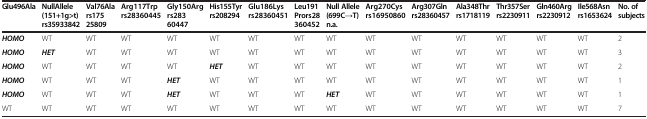
<table><thead><tr><td><b>Glu496Ala</b></td><td><b>NullAllele (151+1g&gt;t) rs35933842</b></td><td><b>Val76Ala rs175 25809</b></td><td><b>Arg117Trp rs28360445</b></td><td><b>Gly150Arg rs283 60447</b></td><td><b>His155Tyr rs208294</b></td><td><b>Glu186Lys rs28360451</b></td><td><b>Leu191Pro rs28 360452</b></td><td><b>Null Allele (699C→T) n.a.</b></td><td><b>Arg270Cys rs16950860</b></td><td><b>Arg307Gln rs28360457</b></td><td><b>Ala348Thr rs1718119</b></td><td><b>Thr357Ser rs2230911</b></td><td><b>Gln460Arg rs2230912</b></td><td><b>Ile568Asn rs1653624</b></td><td><b>No. of subjects</b></td></tr></thead><tbody><tr><td><b><i>HOMO</i></b></td><td>WT</td><td>WT</td><td>WT</td><td>WT</td><td>WT</td><td>WT</td><td>WT</td><td>WT</td><td>WT</td><td>WT</td><td>WT</td><td>WT</td><td>WT</td><td>WT</td><td>2</td></tr><tr><td><b><i>HOMO</i></b></td><td><b><i>HET</i></b></td><td>WT</td><td>WT</td><td>WT</td><td>WT</td><td>WT</td><td>WT</td><td>WT</td><td>WT</td><td>WT</td><td>WT</td><td>WT</td><td>WT</td><td>WT</td><td>3</td></tr><tr><td><b><i>HOMO</i></b></td><td>WT</td><td>WT</td><td>WT</td><td>WT</td><td><b><i>HET</i></b></td><td>WT</td><td>WT</td><td>WT</td><td>WT</td><td>WT</td><td>WT</td><td>WT</td><td>WT</td><td>WT</td><td>2</td></tr><tr><td><b><i>HOMO</i></b></td><td>WT</td><td>WT</td><td>WT</td><td><b><i>HET</i></b></td><td>WT</td><td>WT</td><td>WT</td><td>WT</td><td>WT</td><td>WT</td><td>WT</td><td>WT</td><td>WT</td><td>WT</td><td>1</td></tr><tr><td><b><i>HOMO</i></b></td><td>WT</td><td>WT</td><td>WT</td><td><b><i>HET</i></b></td><td>WT</td><td>WT</td><td>WT</td><td><b><i>HET</i></b></td><td>WT</td><td>WT</td><td>WT</td><td>WT</td><td>WT</td><td>WT</td><td>1</td></tr><tr><td>WT</td><td>WT</td><td>WT</td><td>WT</td><td>WT</td><td>WT</td><td>WT</td><td>WT</td><td>WT</td><td>WT</td><td>WT</td><td>WT</td><td>WT</td><td>WT</td><td>WT</td><td>7</td></tr></tbody></table>